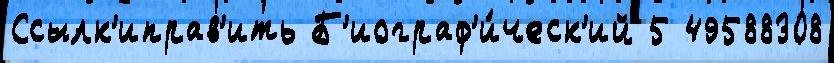
Ссылк'иправ'ить Б'иограф'и́ческ'ий 5 49588308